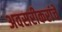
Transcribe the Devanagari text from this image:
अवसरीकरांचे